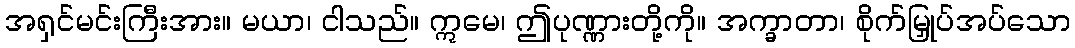
အရှင်မင်းကြီးအား။ မယာ၊ ငါသည်။ ဣမေ၊ ဤပုဏ္ဏားတို့ကို။ အက္ခာတာ၊ စိုက်မြှုပ်အပ်သော